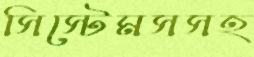
সিস্টেমসসহ